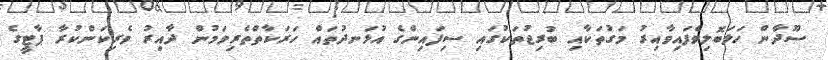
ސޫދާން ހަލަބޮލިވެފައިވާއިރު މަގުތަކާއި ބުރިޖުތަކުގައި ސިފައިންގެ އުޅަނދުތައް ހަރަކާތްތެރިވަމުން ދާއިރު ވެރިކަންކުރާ ޕާޓީގެ